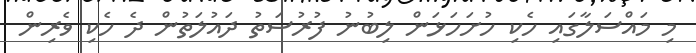
މި މައްސަލާގައި ހެކި ހުށަހަޅަން ލިބުނު ފުރުސަތު ދައުލަތުން ދެ ހެކި ވެރިން